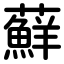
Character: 蘚